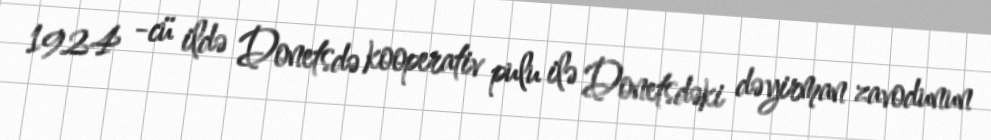
1924 -cü ildə Donetsdə kooperativ pulu ilə Donetsdəki dəyirman zavodunun